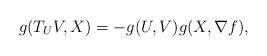
LaTeX: \begin{align*}g(T_U V, X) = - g(U, V) g(X, \nabla f),\end{align*}